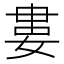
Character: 婁